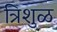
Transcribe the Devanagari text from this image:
त्रिशुळ